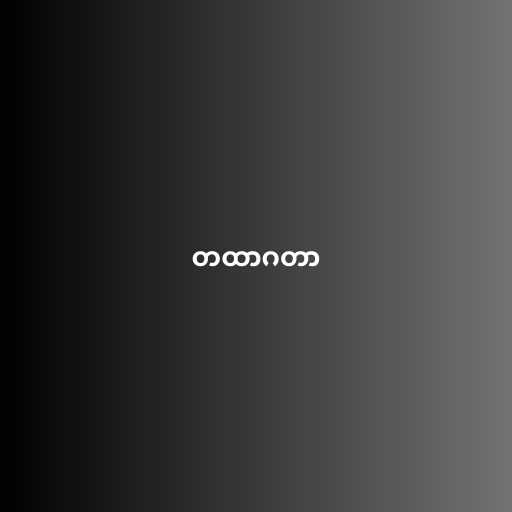
တထာဂတာ